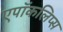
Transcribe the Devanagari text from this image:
एपॉकलिप्स